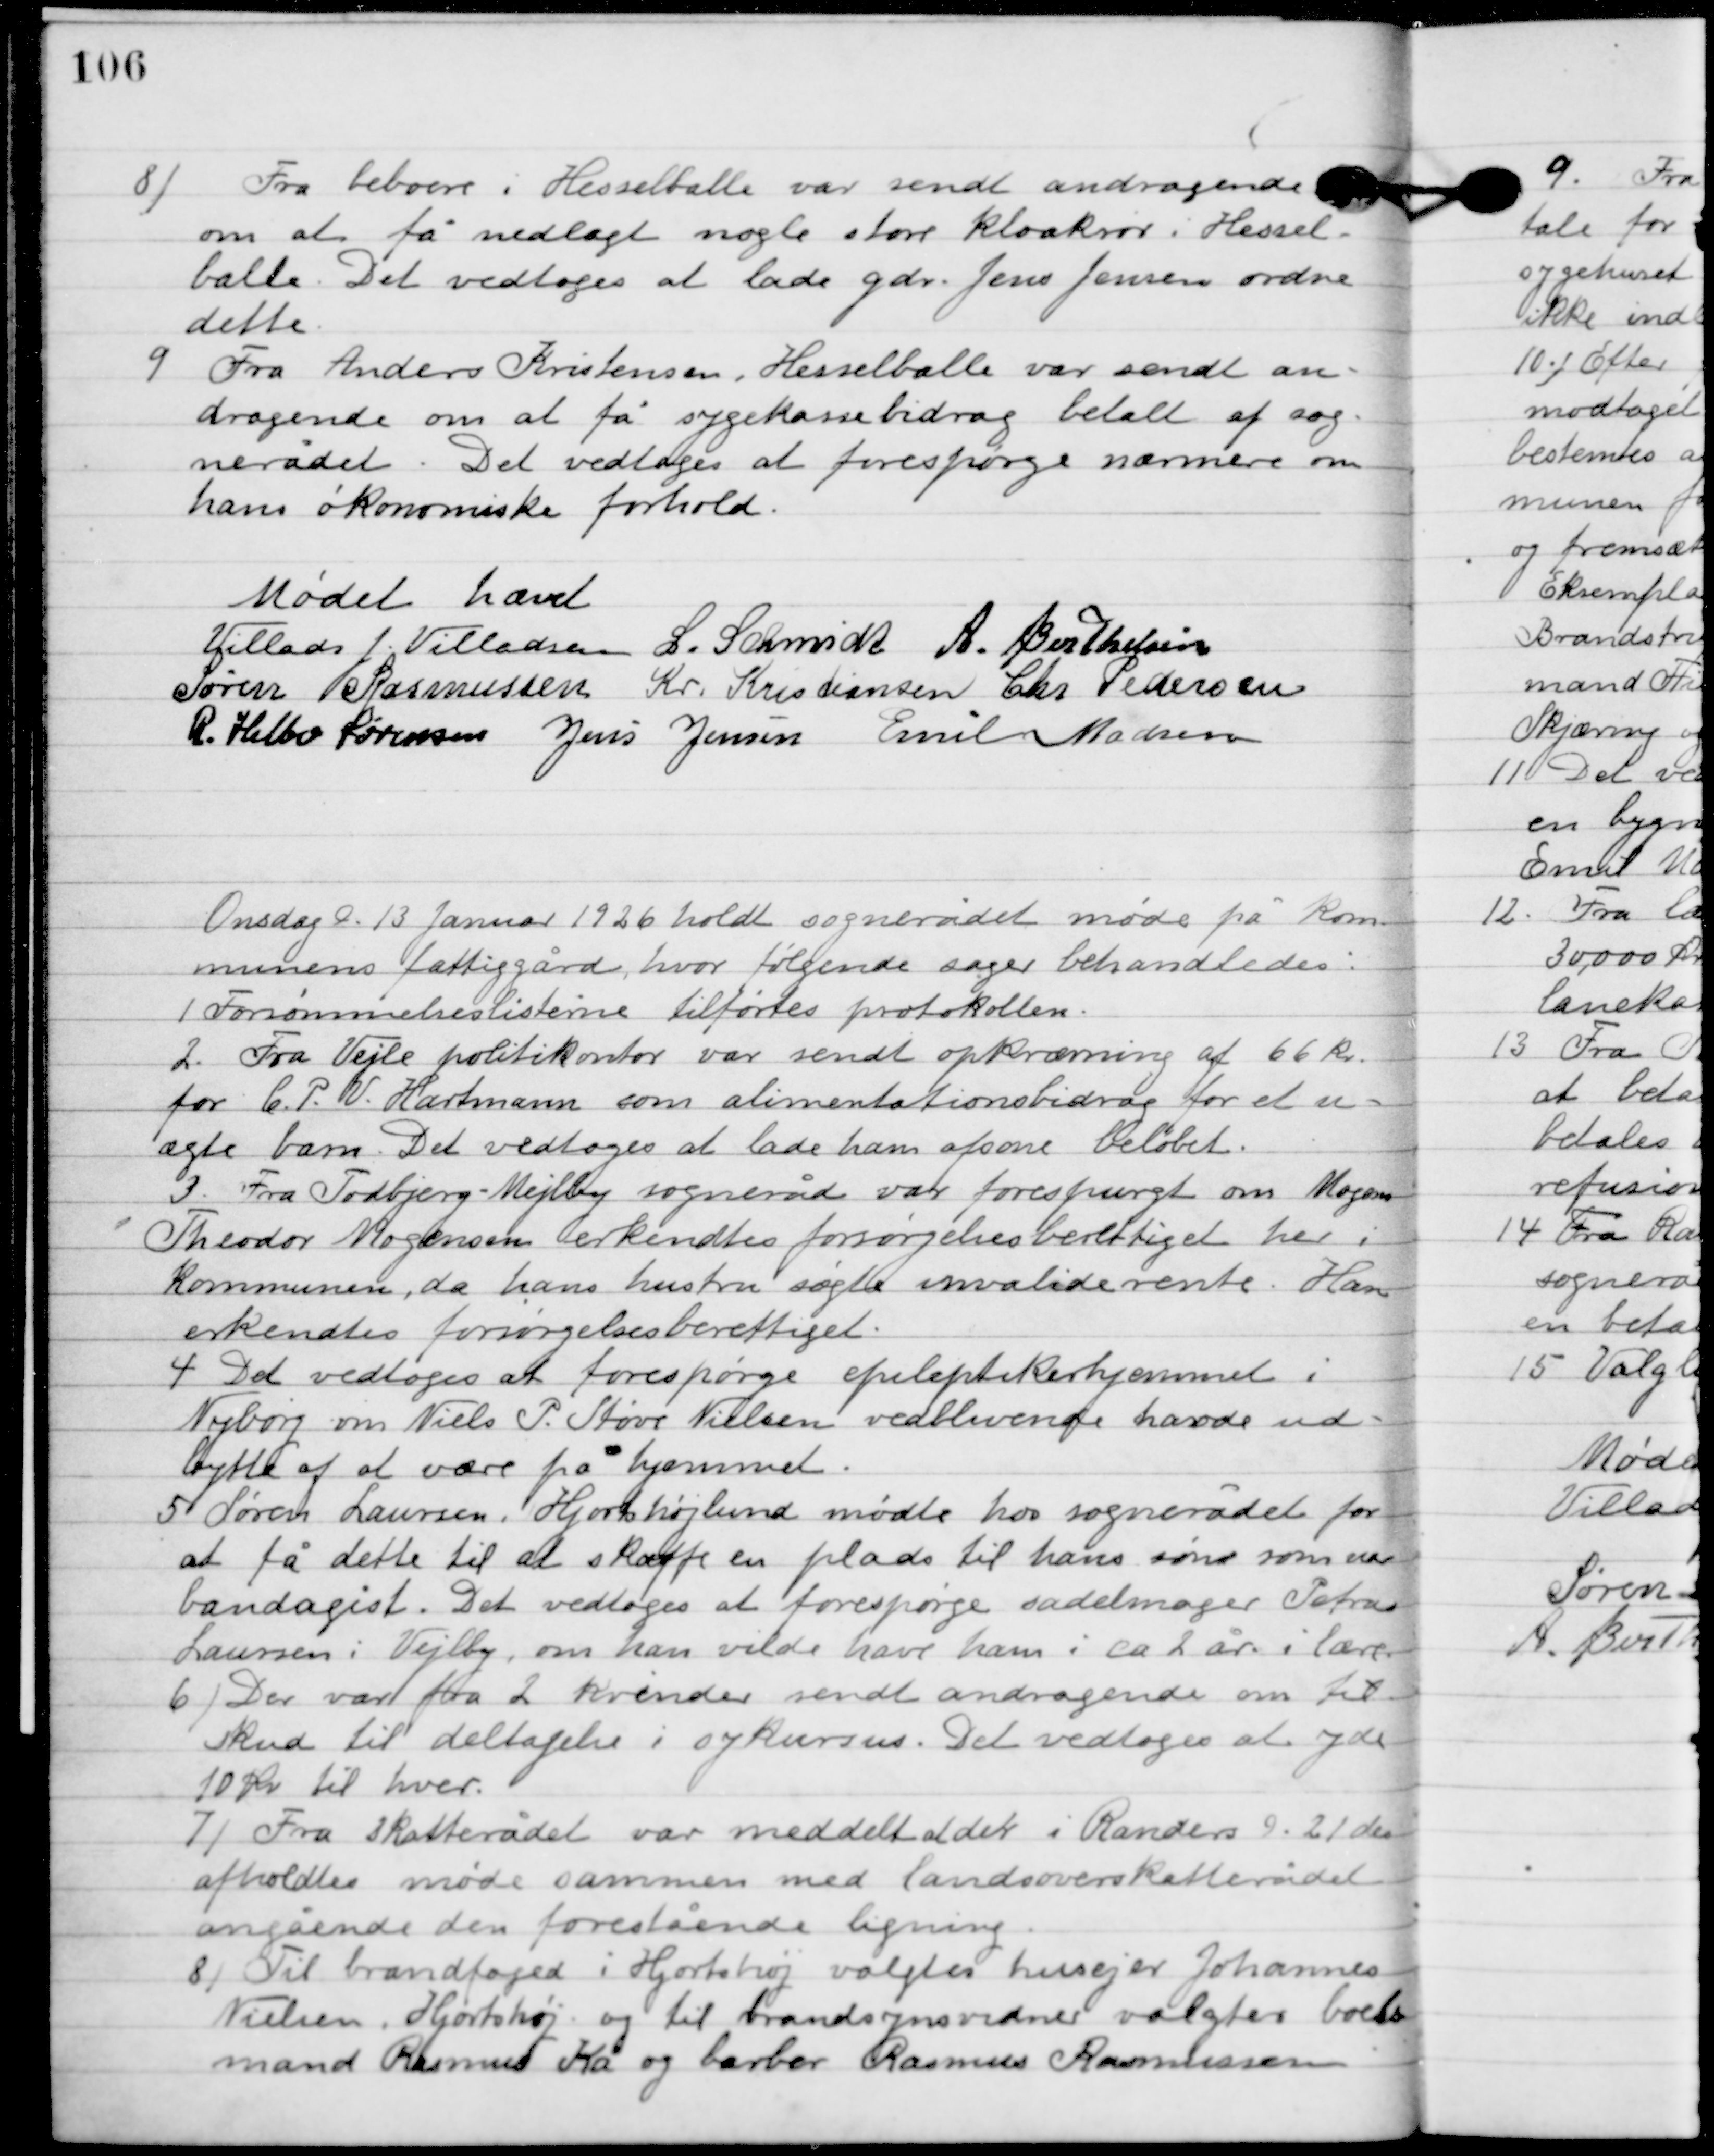
Transskription:
8

Fra beboere i Hesselballe var sendt andragende
om at få nedlagt nogle store kloakrør i Hessel-
balle. Det vedtoges at lade gdr. Jens Jensen ordne
dette.

9

Fra Anders kristensne, Hesselballe var sendt an-
dragende om at få sygekassebidrag betalt af sog-
nerådet. Det vedtoges at forespørge nærmere om
hans økonomiske forholde.

Mødet hævet.

Villads J. Villadsen
L. Schmidt
A. Berthelsen
Søren Rasmussen
Kr. Kristiansen
Chr. Pedersen
R. Helbo Sørensen
Jens Jensen
Emil Madsen

Onsdag D. 13. Januar 1926 holdt sognerådet møde på kom-
munens fattiggården, hvor følgende sager behandledes.

1

Forsømmelseslisterne tilførtes protokollen.

2

Fra Vejle politikontor var sent opkrævning af 66 kr.
for C.P.V. Hartmann som alimentationsbidrag for et u-
ægte barn. Det vedtoges at lade ham afsone beløbet.

3

Fra Todbjerg-Mejlby sogneråd var forespurgt om Mogens
Theodor Mogensen erkendtes forsørgelsesberettige her i
kommunen, da hans hustru søgte invaliderente. Han
erkendtes forsørgelsesberettiget.

4

Det vedtoges at forespørge epileptikerhjemmet i
Nyborg om Niels P. Støve Nielsen vedblivende havde ud-
bytte af at vær på hjemmet.

5

Søren Laursen, Hjortshøjlund mødte hos sognerådet for
at få dette til at skaffe en plads til hans søn som var
bandagist. Det vedtoges at forespørge sadelmager Petra
Laursen i Vejlby, om hans vilde have ham i ca. 2 år i lære.

6

Der var fra 2 kvinder sendt andragende om til-
skud til deltagelse i sykursus. Det vedtoges at yde
10 kr. til hver.

7

Fra skatterådet var meddelt at der i Randers D. 21. dec.
 afholdtes møde sammen med landsoverskatterådet,
angående den forestående ligning.

8

Til brandfoged i Hjortshøj valgtes husejer Johannes
Nielsen, Hjortshøj og til brandsynsvidner valgtes Boels-
mand Rasmus Ka og barber Rasmus Rasmussen.